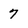
Character: 7